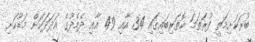
ބުރަކަށިމަތީ ފުރަތަމަ ކޮތަރިބައިގައި 34 އާއި 49 އާއި ދެމެދުގެ އަދަދަަކަށް މަޑުކަށި